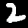
Digit: 2